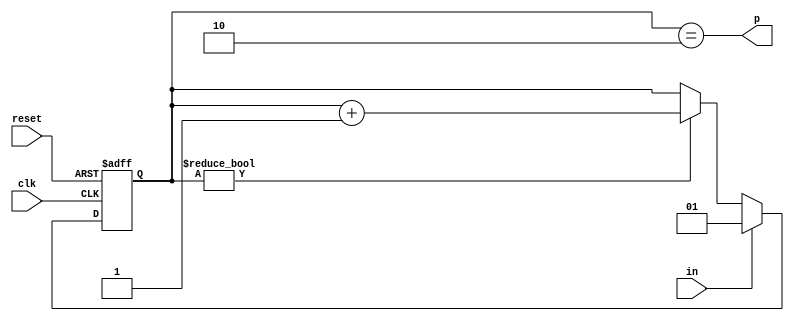
module dly50ns(input clk, input reset, input in, output p);
	reg [2-1:0] r;
	always @(posedge clk or posedge reset) begin
		if(reset)
			r <= 0;
		else begin
			if(r)
				r <= r + 2'b1;
			if(in)
				r <= 1;
		end
	end
	assign p = r == 2;
endmodule